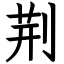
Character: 荆